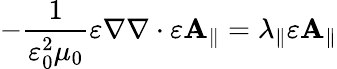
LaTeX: -\frac{1}{\varepsilon_{0}^{2}\mu_{0}}\varepsilon\nabla\nabla\cdot\varepsilon\mathbf{A}_{\parallel}=\lambda_{\parallel}\varepsilon\mathbf{A}_{\parallel}